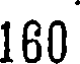
160